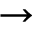
\to